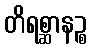
တိရစ္ဆာနဉ္စ